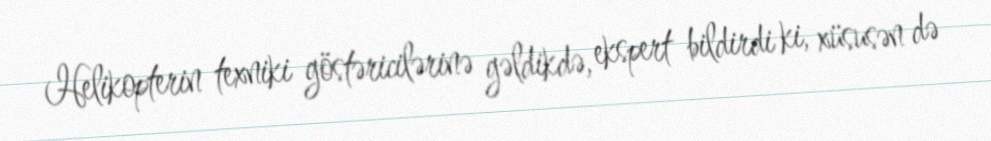
Helikopterin texniki göstəricilərinə gəldikdə, ekspert bildirdi ki, xüsusən də